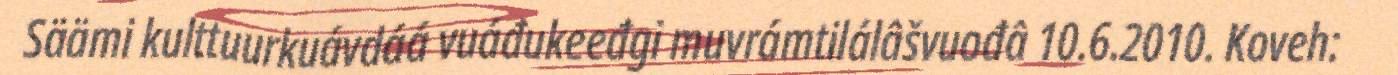
Säämi kulttuurkuávdáá vuáđukeeđgi muvrámtilálâšvuođâ 10.6.2010. Koveh: